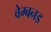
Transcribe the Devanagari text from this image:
वेम्बनड